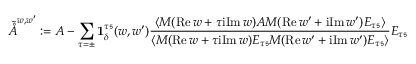
\tilde { \mathring { A } } ^ { { w , w ^ { \prime } } } : = A - \sum _ { \tau = \pm } \mathbf { 1 } _ { \delta } ^ { \tau \mathfrak { s } } ( w , w ^ { \prime } ) \frac { \langle M ( \mathrm { R e } \, w + \tau \mathrm { i } \mathrm { I m } \, w ) A M ( \mathrm { R e } \, w ^ { \prime } + \mathrm { i } \mathrm { I m } \, w ^ { \prime } ) E _ { \tau \mathfrak { s } } \rangle } { \langle M ( \mathrm { R e } \, w + \tau \mathrm { i } \mathrm { I m } \, w ) E _ { \tau \mathfrak { s } } M ( \mathrm { R e } \, w ^ { \prime } + \mathrm { i } \mathrm { I m } \, w ^ { \prime } ) E _ { \tau \mathfrak { s } } \rangle } E _ { \tau \mathfrak { s } }